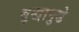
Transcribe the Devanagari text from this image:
बुद्धापुढे